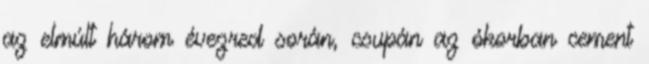
az elmúlt három évezred során, csupán az ókorban cement